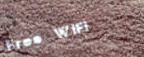
Free WiFi